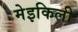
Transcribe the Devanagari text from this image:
मेइकिली